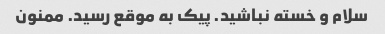
سلام و خسته نباشید. پیک به موقع رسید. ممنون